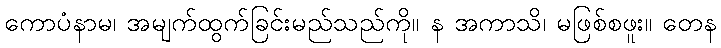
ကောပံနာမ၊ အမျက်ထွက်ခြင်းမည်သည်ကို။ န အကာသိ၊ မဖြစ်စဖူး။ တေန